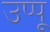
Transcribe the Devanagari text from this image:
उप्पू